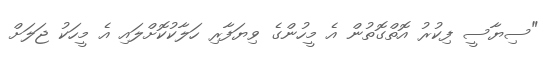
"ސިޔާސީ ފިކުރު އޮތްގޮތުން އެ މީހުންގެ ވިޔަފާރި ހަލާކުކޮށްލައި އެ މީހަކު ޖަލަށް